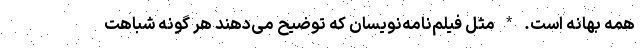
همه بهانه است. * مثل فیلم‌نامه‌نویسان که توضیح می‌دهند هر گونه شباهت